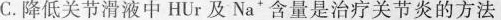
C.降低关节滑液中HUr及Na'含量是治疗关节炎的方法